65_HS1-834228961_62-HQ-83894_Section_5
Agency: FBI
Page 107
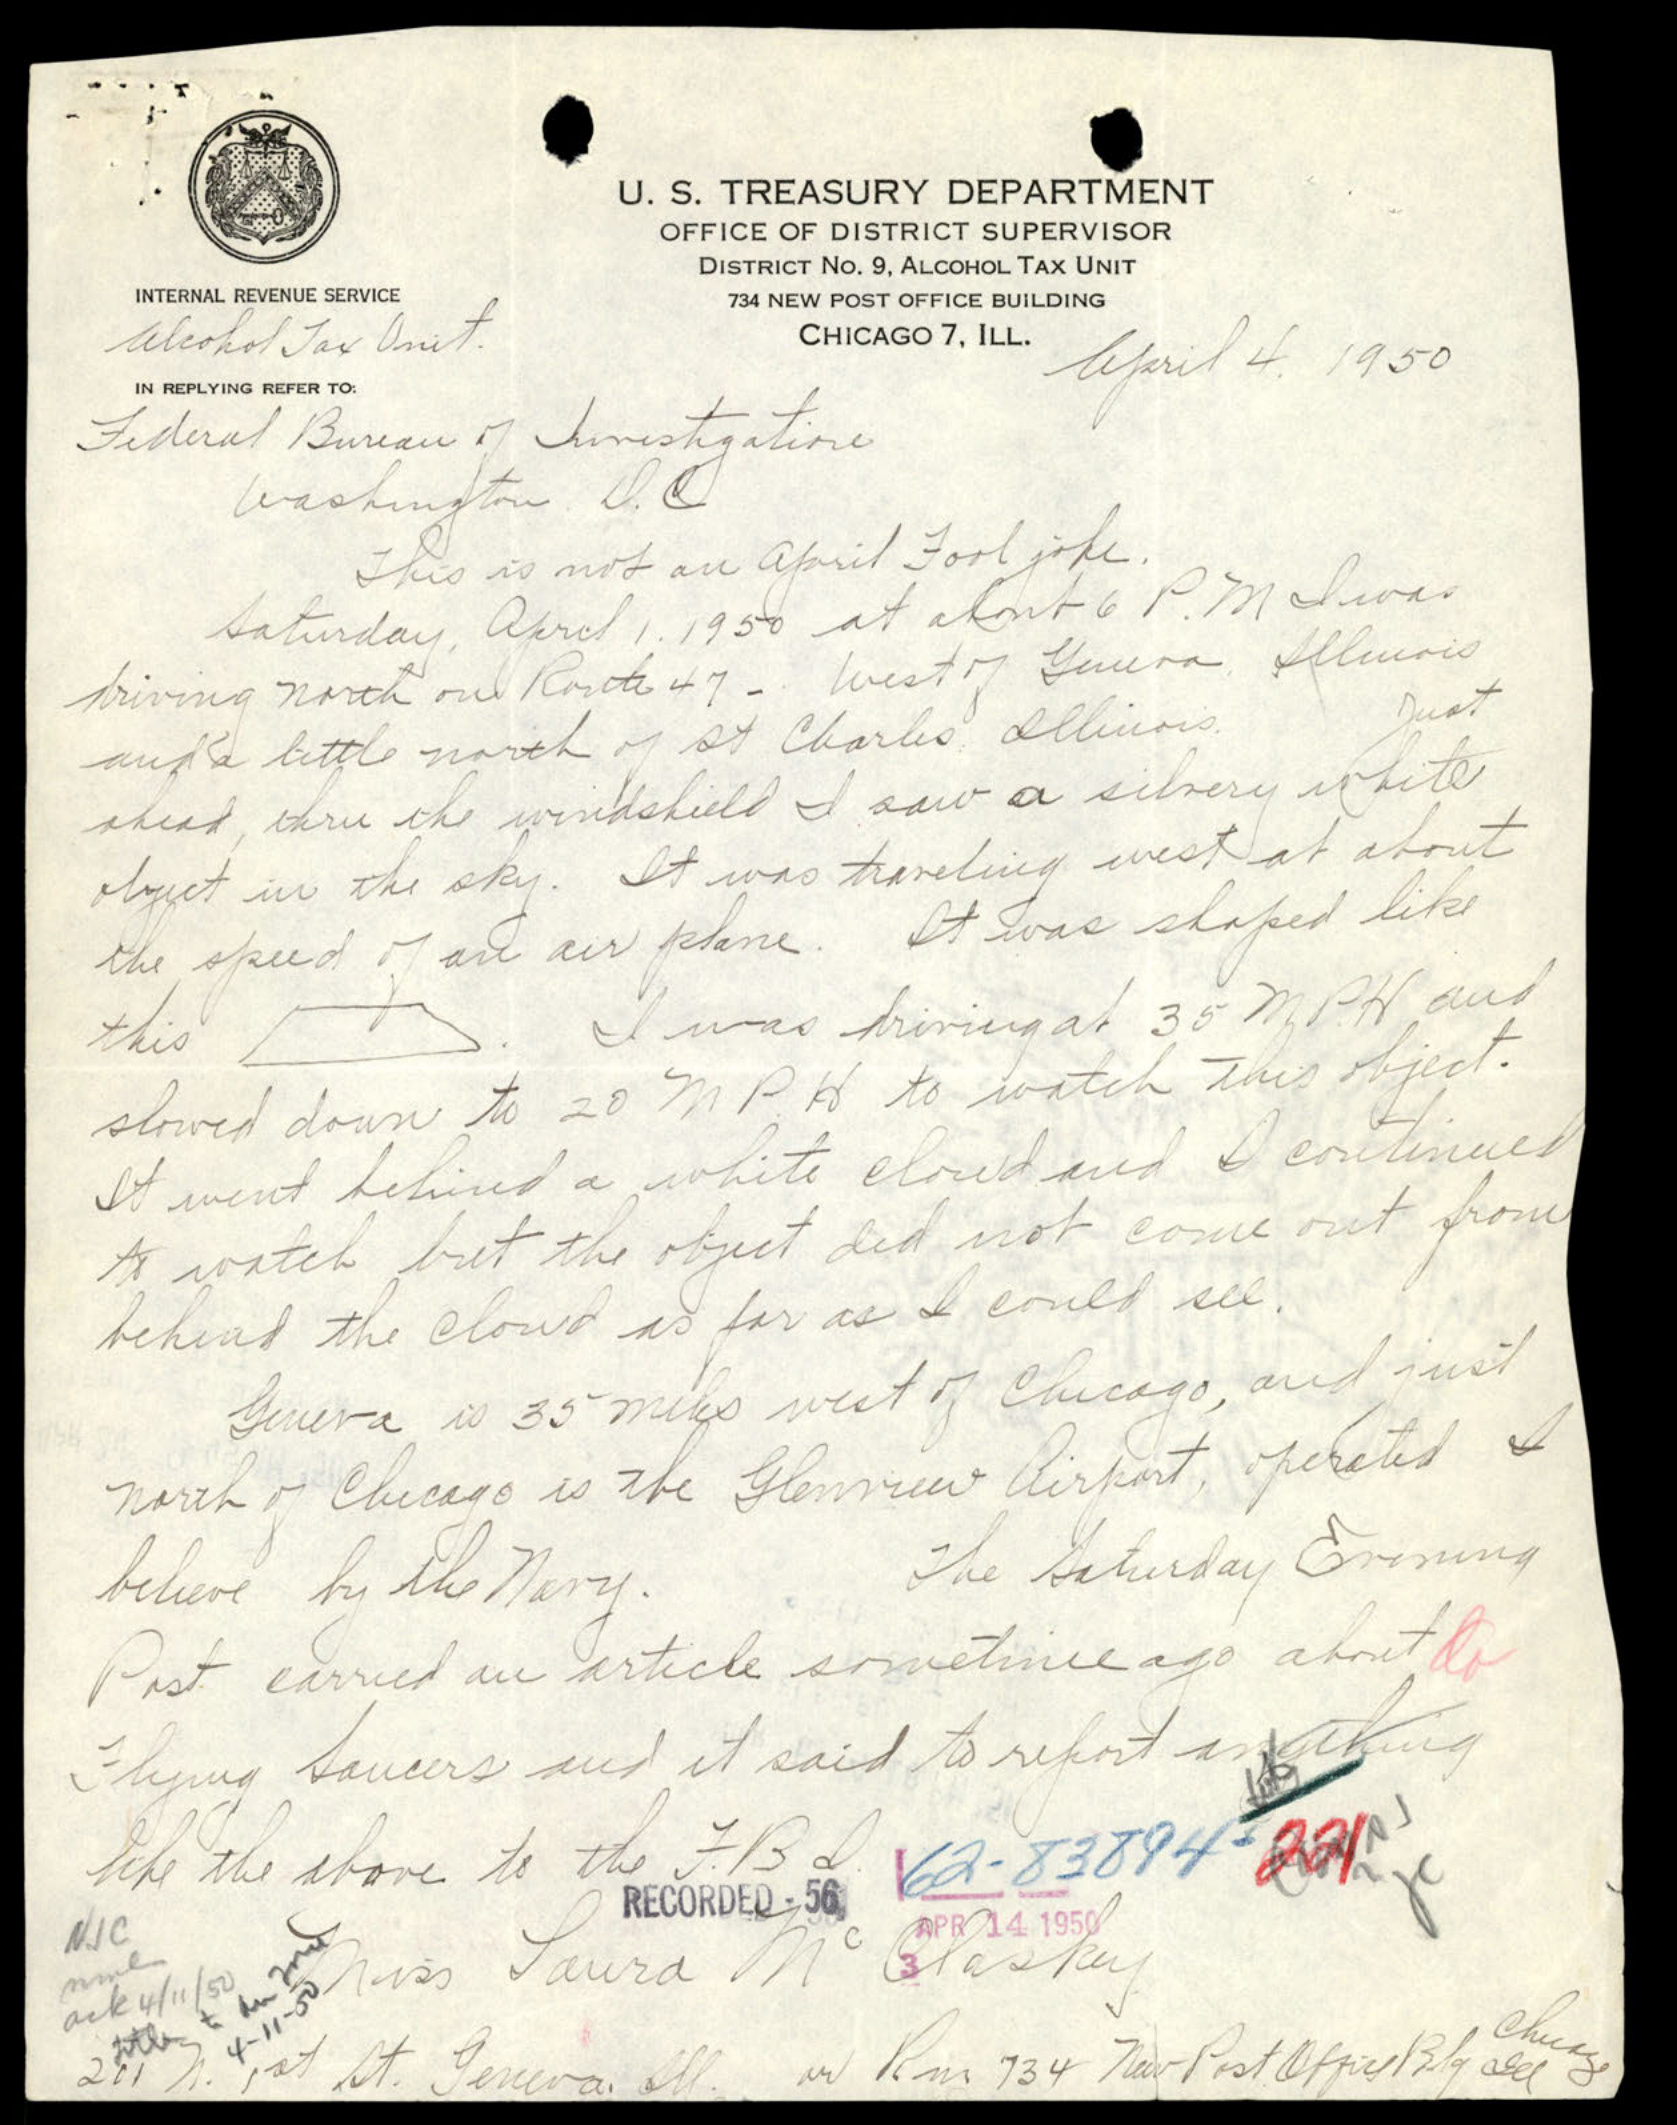